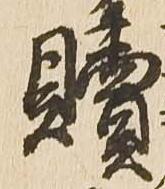
贖